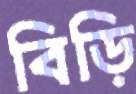
বিড়ি